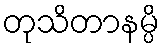
တုသိတာနမ္ပိ